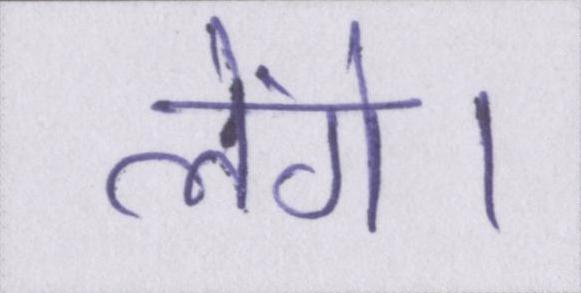
लेंगे।